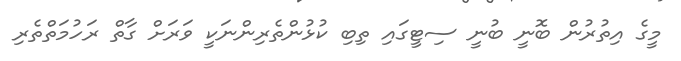
މީގެ އިތުރުން ބޮނީ ބުނީ ސިޓީގައި ތިބި ކުޅުންތެރިންނަކީ ވަރަށް ގާތް ރަހުމަތްތެރި